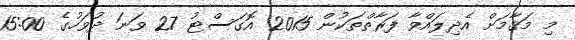
މި މަޤާމަށް އެދިލައްވާ ފަރާތްތަކުން 2015 އޮގަސްޓު 27 ވަނަ ދުވަހުގެ 15:00